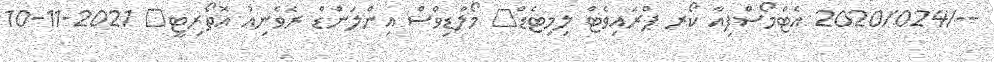
--/2020/024 އެޓްމޯސްފިއާ ކޯރ ޕްރައިވެޓް ލިމިޓެޑް	 މޯލްޑިވްސް އިންލަންޑް ރެވެނިއު އޮތޯރިޓީ	 2021-11-10